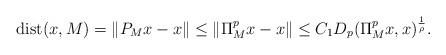
LaTeX: \begin{align*} \mathrm{dist}(x,M) = \|P_M x - x\| \leq \|\Pi_M^p x - x \| \leq C_1 D_p(\Pi_M^p x ,x )^\frac{1}{\rho}. \end{align*}